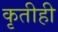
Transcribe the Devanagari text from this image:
कृतीही